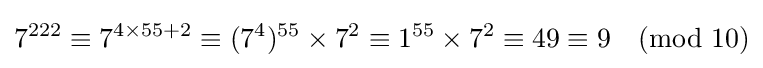
7^{222}\equiv 7^{4\times 55+2}\equiv (7^{4})^{55}\times 7^{2}\equiv 1^{55}\times 7^{2}\equiv 49\equiv 9{\pmod {10}}